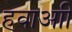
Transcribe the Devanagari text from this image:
हवाआी